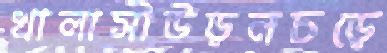
খালাসীউড়নচড়ে